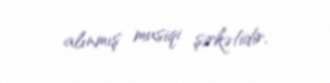
alınmış musiqi şirkətidir.